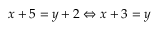
x + 5 = y + 2 \Leftrightarrow x + 3 = y